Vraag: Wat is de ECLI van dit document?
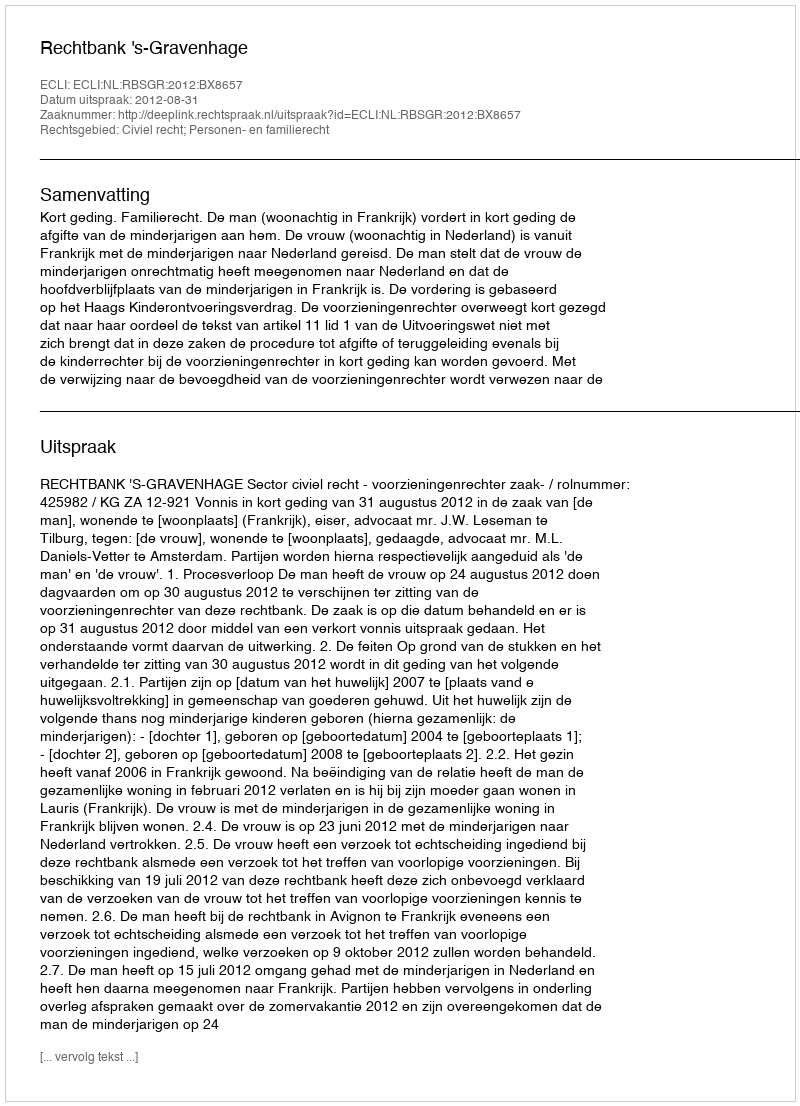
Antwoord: ECLI:NL:RBSGR:2012:BX8657